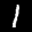
Label: 1